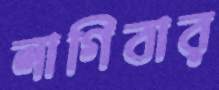
লাগিবার